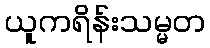
ယူကရိန်းသမ္မတ